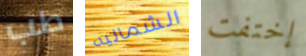
طب الشماليه إختفت